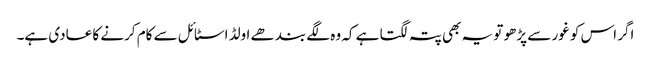
اگر اس کو غور سے پڑھو تو یہ بھی پتہ لگتا ہے کہ وہ لگے بندھے اولڈ اسٹائل سے کام کرنے کا عادی ہے۔